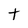
Character: t